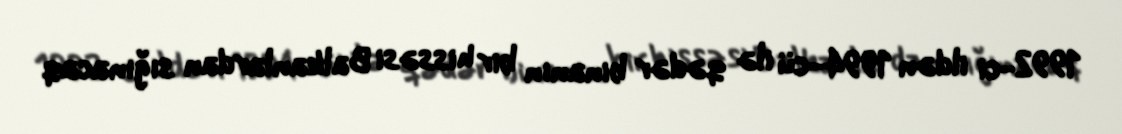
1992-ci ildən 1994-cü ilə qədər binanın bir hissəsi Balkanlardan sığınacaq